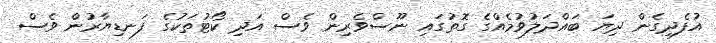
އުފެދިގެން ދިޔަ ބައްދަލުވުމެއްގެ ގޮތުގައި ނޫސްވެރިން ވެސް އަދި ކޯޓުތަކުގެ ފަނޑިޔާރުން ވެސް